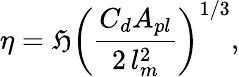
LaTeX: \eta=\mathfrak{H}\left(\frac{{C_{d}A_{pl}}}{{2\, l_{m}^{2}}}\right)^{1/3},